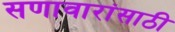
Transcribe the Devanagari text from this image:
सणावारांसाठी